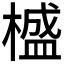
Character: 𣛮